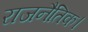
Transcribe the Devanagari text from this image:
राजनैतिक।